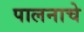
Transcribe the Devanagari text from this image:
पालनाचे